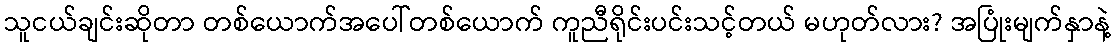
သူငယ်ချင်းဆိုတာ တစ်ယောက်အပေါ်တစ်ယောက် ကူညီရိုင်းပင်းသင့်တယ် မဟုတ်လား? အပြုံးမျက်နှာနဲ့